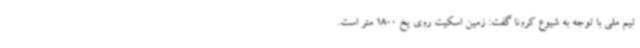
تیم ملی با توجه به شیوع کرونا گفت: زمین اسکیت روی یخ 1800 متر است.